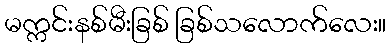
မက္ကင်းနစ်မီးခြစ် ခြစ်သလောက်လေး။